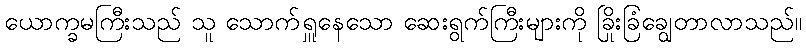
ယောက္ခမကြီးသည် သူ သောက်ရှူနေသော ဆေးရွက်ကြီးများကို ခြိုးခြံချွေတာလာသည်။